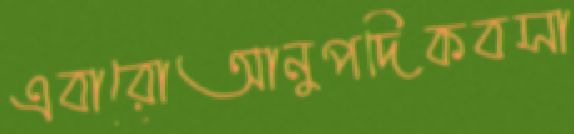
এবারোআনুপদিকবসা